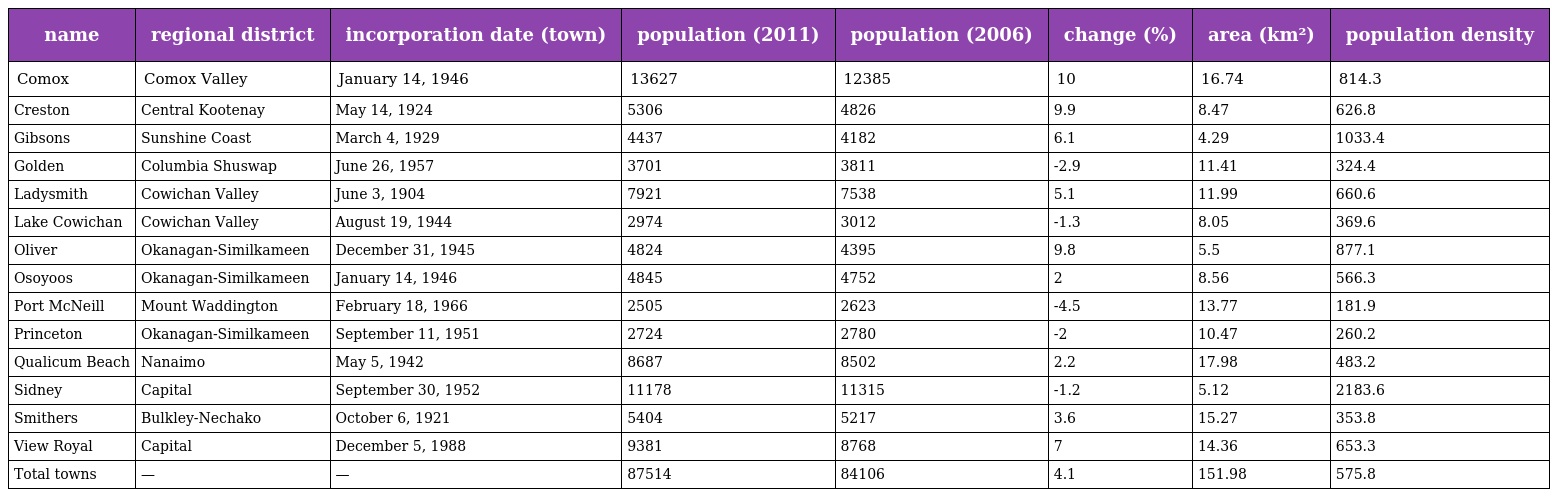
| name | regional district | incorporation date (town) | population (2011) | population (2006) | change (%) | area (km²) | population density |
 | --- | --- | --- | --- | --- | --- | --- | --- |
 | Comox | Comox Valley | January 14, 1946 | 13627 | 12385 | 10 | 16.74 | 814.3 |
 | Creston | Central Kootenay | May 14, 1924 | 5306 | 4826 | 9.9 | 8.47 | 626.8 |
 | Gibsons | Sunshine Coast | March 4, 1929 | 4437 | 4182 | 6.1 | 4.29 | 1033.4 |
 | Golden | Columbia Shuswap | June 26, 1957 | 3701 | 3811 | -2.9 | 11.41 | 324.4 |
 | Ladysmith | Cowichan Valley | June 3, 1904 | 7921 | 7538 | 5.1 | 11.99 | 660.6 |
 | Lake Cowichan | Cowichan Valley | August 19, 1944 | 2974 | 3012 | -1.3 | 8.05 | 369.6 |
 | Oliver | Okanagan-Similkameen | December 31, 1945 | 4824 | 4395 | 9.8 | 5.5 | 877.1 |
 | Osoyoos | Okanagan-Similkameen | January 14, 1946 | 4845 | 4752 | 2 | 8.56 | 566.3 |
 | Port McNeill | Mount Waddington | February 18, 1966 | 2505 | 2623 | -4.5 | 13.77 | 181.9 |
 | Princeton | Okanagan-Similkameen | September 11, 1951 | 2724 | 2780 | -2 | 10.47 | 260.2 |
 | Qualicum Beach | Nanaimo | May 5, 1942 | 8687 | 8502 | 2.2 | 17.98 | 483.2 |
 | Sidney | Capital | September 30, 1952 | 11178 | 11315 | -1.2 | 5.12 | 2183.6 |
 | Smithers | Bulkley-Nechako | October 6, 1921 | 5404 | 5217 | 3.6 | 15.27 | 353.8 |
 | View Royal | Capital | December 5, 1988 | 9381 | 8768 | 7 | 14.36 | 653.3 |
 | Total towns | — | — | 87514 | 84106 | 4.1 | 151.98 | 575.8 |